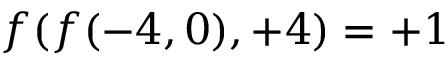
f ( f ( - 4 , 0 ) , + 4 ) = + 1